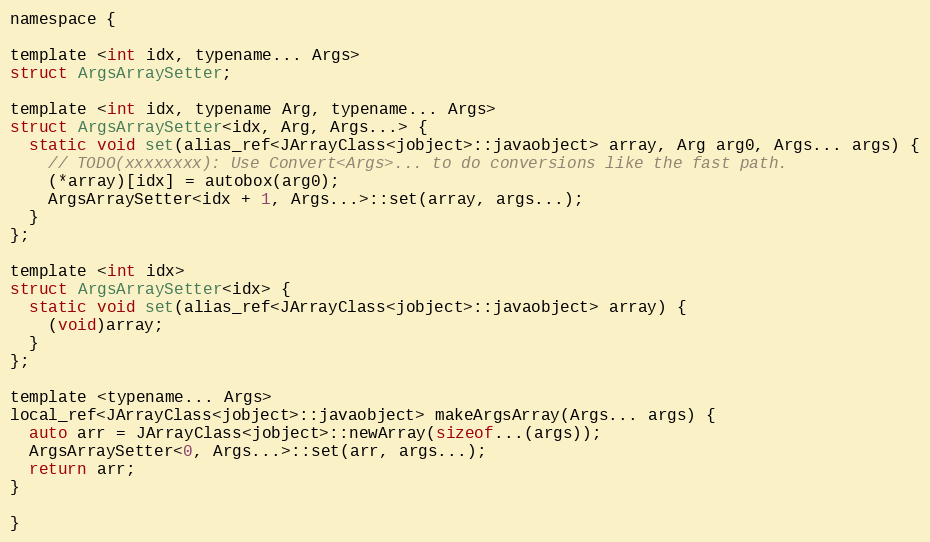
Language: C
namespace {

template <int idx, typename... Args>
struct ArgsArraySetter;

template <int idx, typename Arg, typename... Args>
struct ArgsArraySetter<idx, Arg, Args...> {
  static void set(alias_ref<JArrayClass<jobject>::javaobject> array, Arg arg0, Args... args) {
    // TODO(xxxxxxxx): Use Convert<Args>... to do conversions like the fast path.
    (*array)[idx] = autobox(arg0);
    ArgsArraySetter<idx + 1, Args...>::set(array, args...);
  }
};

template <int idx>
struct ArgsArraySetter<idx> {
  static void set(alias_ref<JArrayClass<jobject>::javaobject> array) {
    (void)array;
  }
};

template <typename... Args>
local_ref<JArrayClass<jobject>::javaobject> makeArgsArray(Args... args) {
  auto arr = JArrayClass<jobject>::newArray(sizeof...(args));
  ArgsArraySetter<0, Args...>::set(arr, args...);
  return arr;
}

}